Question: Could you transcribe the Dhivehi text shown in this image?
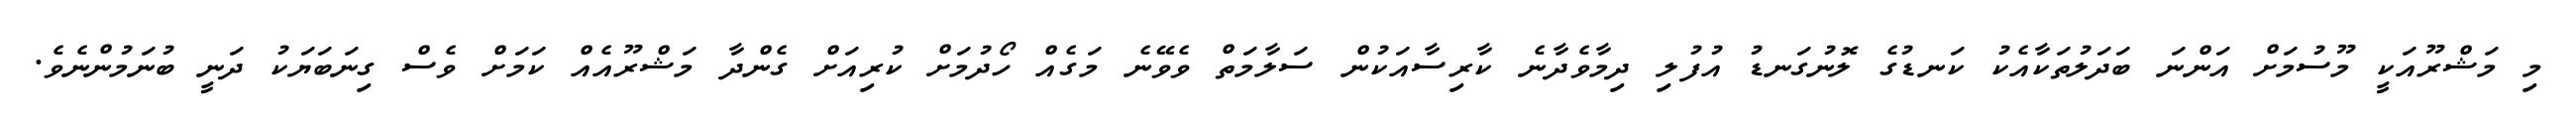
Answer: މި މަޝްރޫއަކީ މޫސުމަށް އަންނަ ބަދަލުތަކާއެކު ކަނޑުގެ ލޮނުގަނޑު އުފުލި ދިމާވެދާނެ ކާރިސާއަކުން ސަލާމަތް ވެވޭނެ މަގެއް ހޯދުމަށް ކުރިއަށް ގެންދާ މަޝްރޫއެއް ކަމަށް ވެސް ގިނަބަޔަކު ދަނީ ބުނަމުންނެވެ.